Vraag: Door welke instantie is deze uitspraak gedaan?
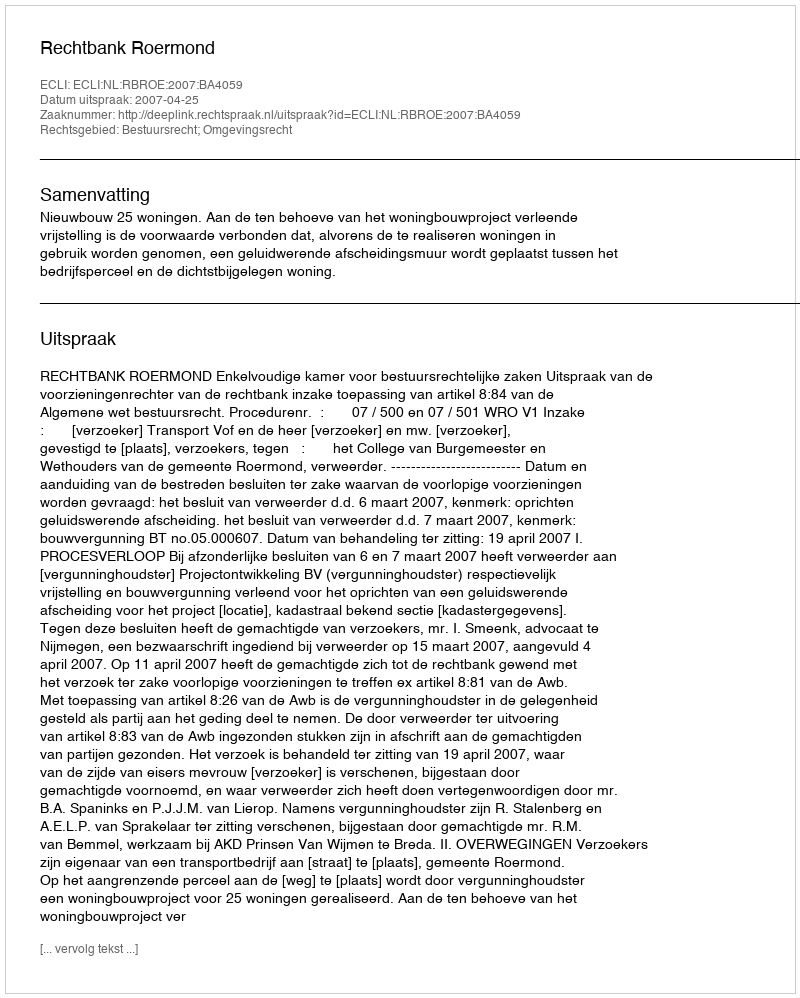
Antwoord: Rechtbank Roermond